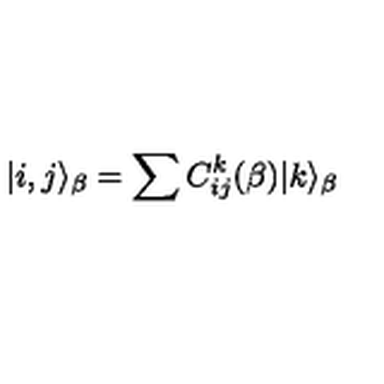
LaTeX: | i , j \rangle _ { \beta } = \sum C _ { i j } ^ { k } ( { \beta } ) | k \rangle _ { \beta }